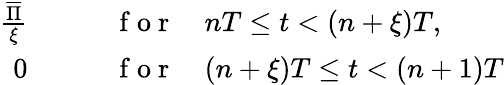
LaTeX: \begin{array}{rl}{\frac{\overline{{\Pi}}}{\xi}\qquad}&{{}\mathrm{~f~o~r~}\quad nT\le t<(n+\xi)T,}\\ {0\qquad}&{{}\mathrm{~f~o~r~}\quad(n+\xi)T\le t<(n+1)T}\end{array}